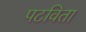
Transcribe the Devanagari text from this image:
पटविता